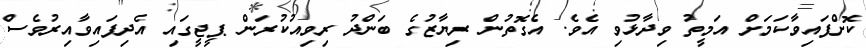
ކޮށްފައިވާކަމަށް އަމީތު ވިދާޅުވި އެވެ. އެގޮތުން ރިޔާޒުގެ ބަންދު ރިވިއުކުރަން ޕީޖީގައި އެދިފައިވާއިރުވެސް